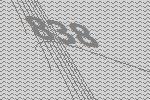
838